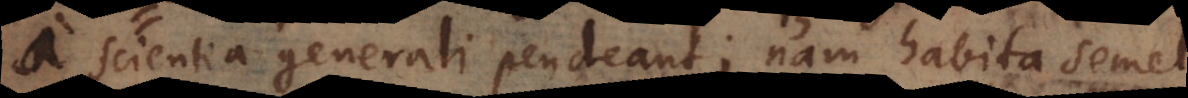
a scientia generali pendeant;nam habita semel